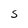
Character: S